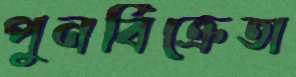
পুনর্বিক্রেতা